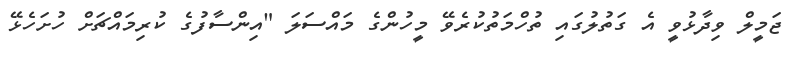
ޖަމީލް ވިދާޅުވީ އެ ގަތުލުގައި ތުހްމަތުކުރެވޭ މީހުންގެ މައްސަލަ "އިންސާފުގެ ކުރިމައްޗަށް ހުށަހެޅޭ